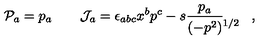
{ \cal P } _ { a } = p _ { a } \qquad { \cal J } _ { a } = \epsilon _ { a b c } x ^ { b } p ^ { c } - s \frac { p _ { a } } { ( - p ^ { 2 } ) \lefteqn { { } ^ { 1 / 2 } } } \qquad ,